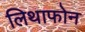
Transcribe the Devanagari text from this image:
लिथाफोन